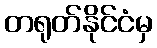
တရုတ်နိုင်ငံမှ